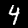
Label: 4